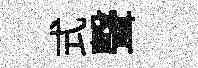
式聲